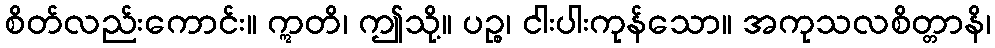
စိတ်လည်းကောင်း။ ဣတိ၊ ဤသို့။ ပဉ္စ၊ ငါးပါးကုန်သော။ အကုသလစိတ္တာနိ၊